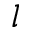
l